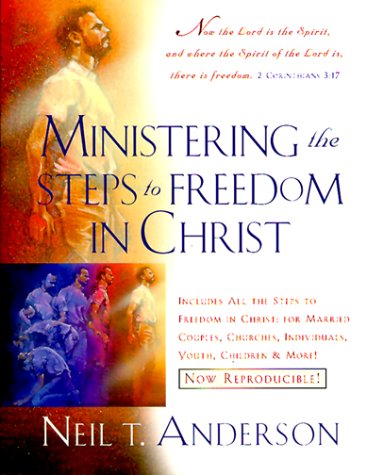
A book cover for Ministering the Steps to Freedom; Neil T. Anderson; Christian Books & Bibles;